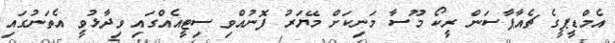
އެމްޑީޕީގެ ޗެއާޕާސަން ރީކޯ މޫސާ މަނިކަށް މޭޔަރު ފޮނުއްވި ސިޓީއެއްގައި ވިދާޅުވީ އެތަނުގައި